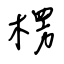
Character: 楞